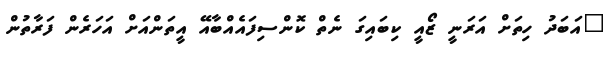
"އަބަދު ހިތަށް އަރަނީ ޒޯއީ ކިބައިގަ ނެތް ކޮންސިފައެއްބާއޭ އީތަންއަށް އަހަރެން ފަރާތުން